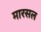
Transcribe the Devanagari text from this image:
मारसल